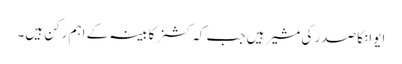
ایوانکا صدر کی مشیر ہیں جب کہ کشنر کابینہ کے اہم رکن ہیں۔